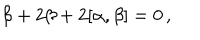
\dot { \beta } + 2 \beta + 2 [ \alpha , \beta ] = 0 \, ,